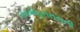
રામમોહનરાયની